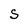
Character: S